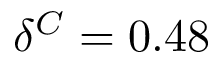
\delta ^ { C } = 0 . 4 8